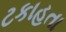
ટકાહતા